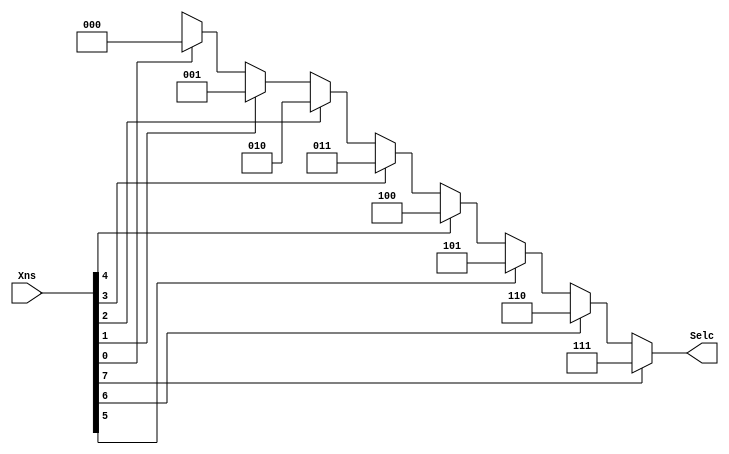
module Encoder_8x3(Selc, Xns);

   input [7:0] Xns;
   output [2:0] Selc;

   assign Selc =
      (Xns[7] == 1'b1) ? 3'b111:
      (Xns[6] == 1'b1) ? 3'b110:
      (Xns[5] == 1'b1) ? 3'b101:
      (Xns[4] == 1'b1) ? 3'b100:
      (Xns[3] == 1'b1) ? 3'b011:
      (Xns[2] == 1'b1) ? 3'b010:
      (Xns[1] == 1'b1) ? 3'b001:
      (Xns[0] == 1'b1) ? 3'b000: 3'bxxx;

endmodule